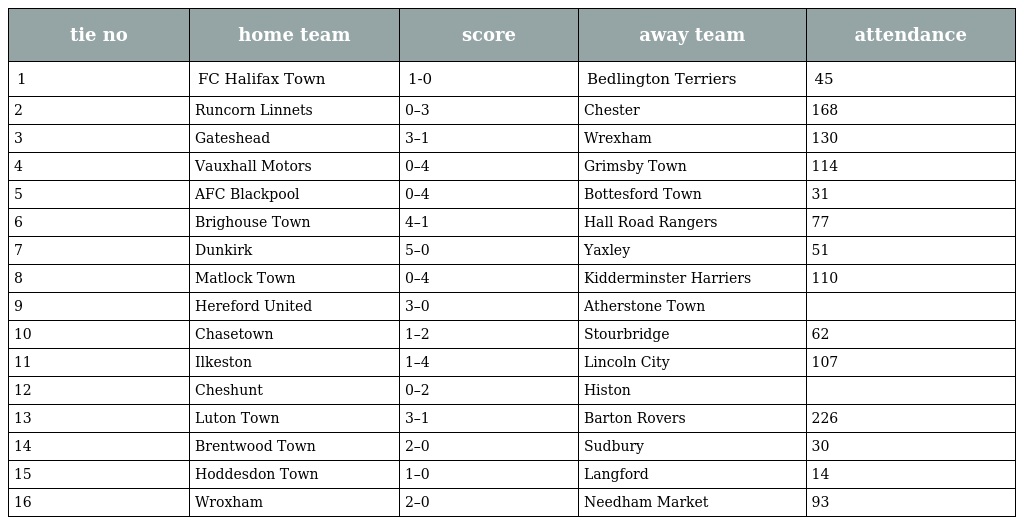
| tie no | home team | score | away team | attendance |
 | --- | --- | --- | --- | --- |
 | 1 | FC Halifax Town | 1-0 | Bedlington Terriers | 45 |
 | 2 | Runcorn Linnets | 0–3 | Chester | 168 |
 | 3 | Gateshead | 3–1 | Wrexham | 130 |
 | 4 | Vauxhall Motors | 0–4 | Grimsby Town | 114 |
 | 5 | AFC Blackpool | 0–4 | Bottesford Town | 31 |
 | 6 | Brighouse Town | 4–1 | Hall Road Rangers | 77 |
 | 7 | Dunkirk | 5–0 | Yaxley | 51 |
 | 8 | Matlock Town | 0–4 | Kidderminster Harriers | 110 |
 | 9 | Hereford United | 3–0 | Atherstone Town |  |
 | 10 | Chasetown | 1–2 | Stourbridge | 62 |
 | 11 | Ilkeston | 1–4 | Lincoln City | 107 |
 | 12 | Cheshunt | 0–2 | Histon |  |
 | 13 | Luton Town | 3–1 | Barton Rovers | 226 |
 | 14 | Brentwood Town | 2–0 | Sudbury | 30 |
 | 15 | Hoddesdon Town | 1–0 | Langford | 14 |
 | 16 | Wroxham | 2–0 | Needham Market | 93 |